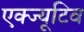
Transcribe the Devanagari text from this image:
एक्ज्यूटिव